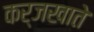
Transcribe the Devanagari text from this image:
कर्जखाते